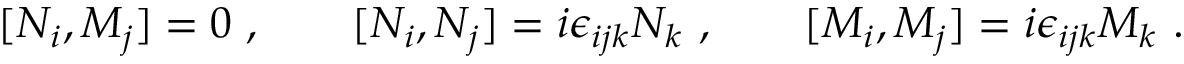
[ N _ { i } , M _ { j } ] = 0 \ , \qquad [ N _ { i } , N _ { j } ] = i \epsilon _ { i j k } N _ { k } \ , \qquad [ M _ { i } , M _ { j } ] = i \epsilon _ { i j k } M _ { k } \ .